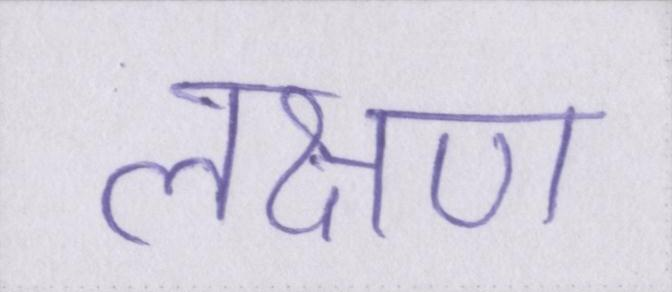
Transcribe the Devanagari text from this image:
लक्षण